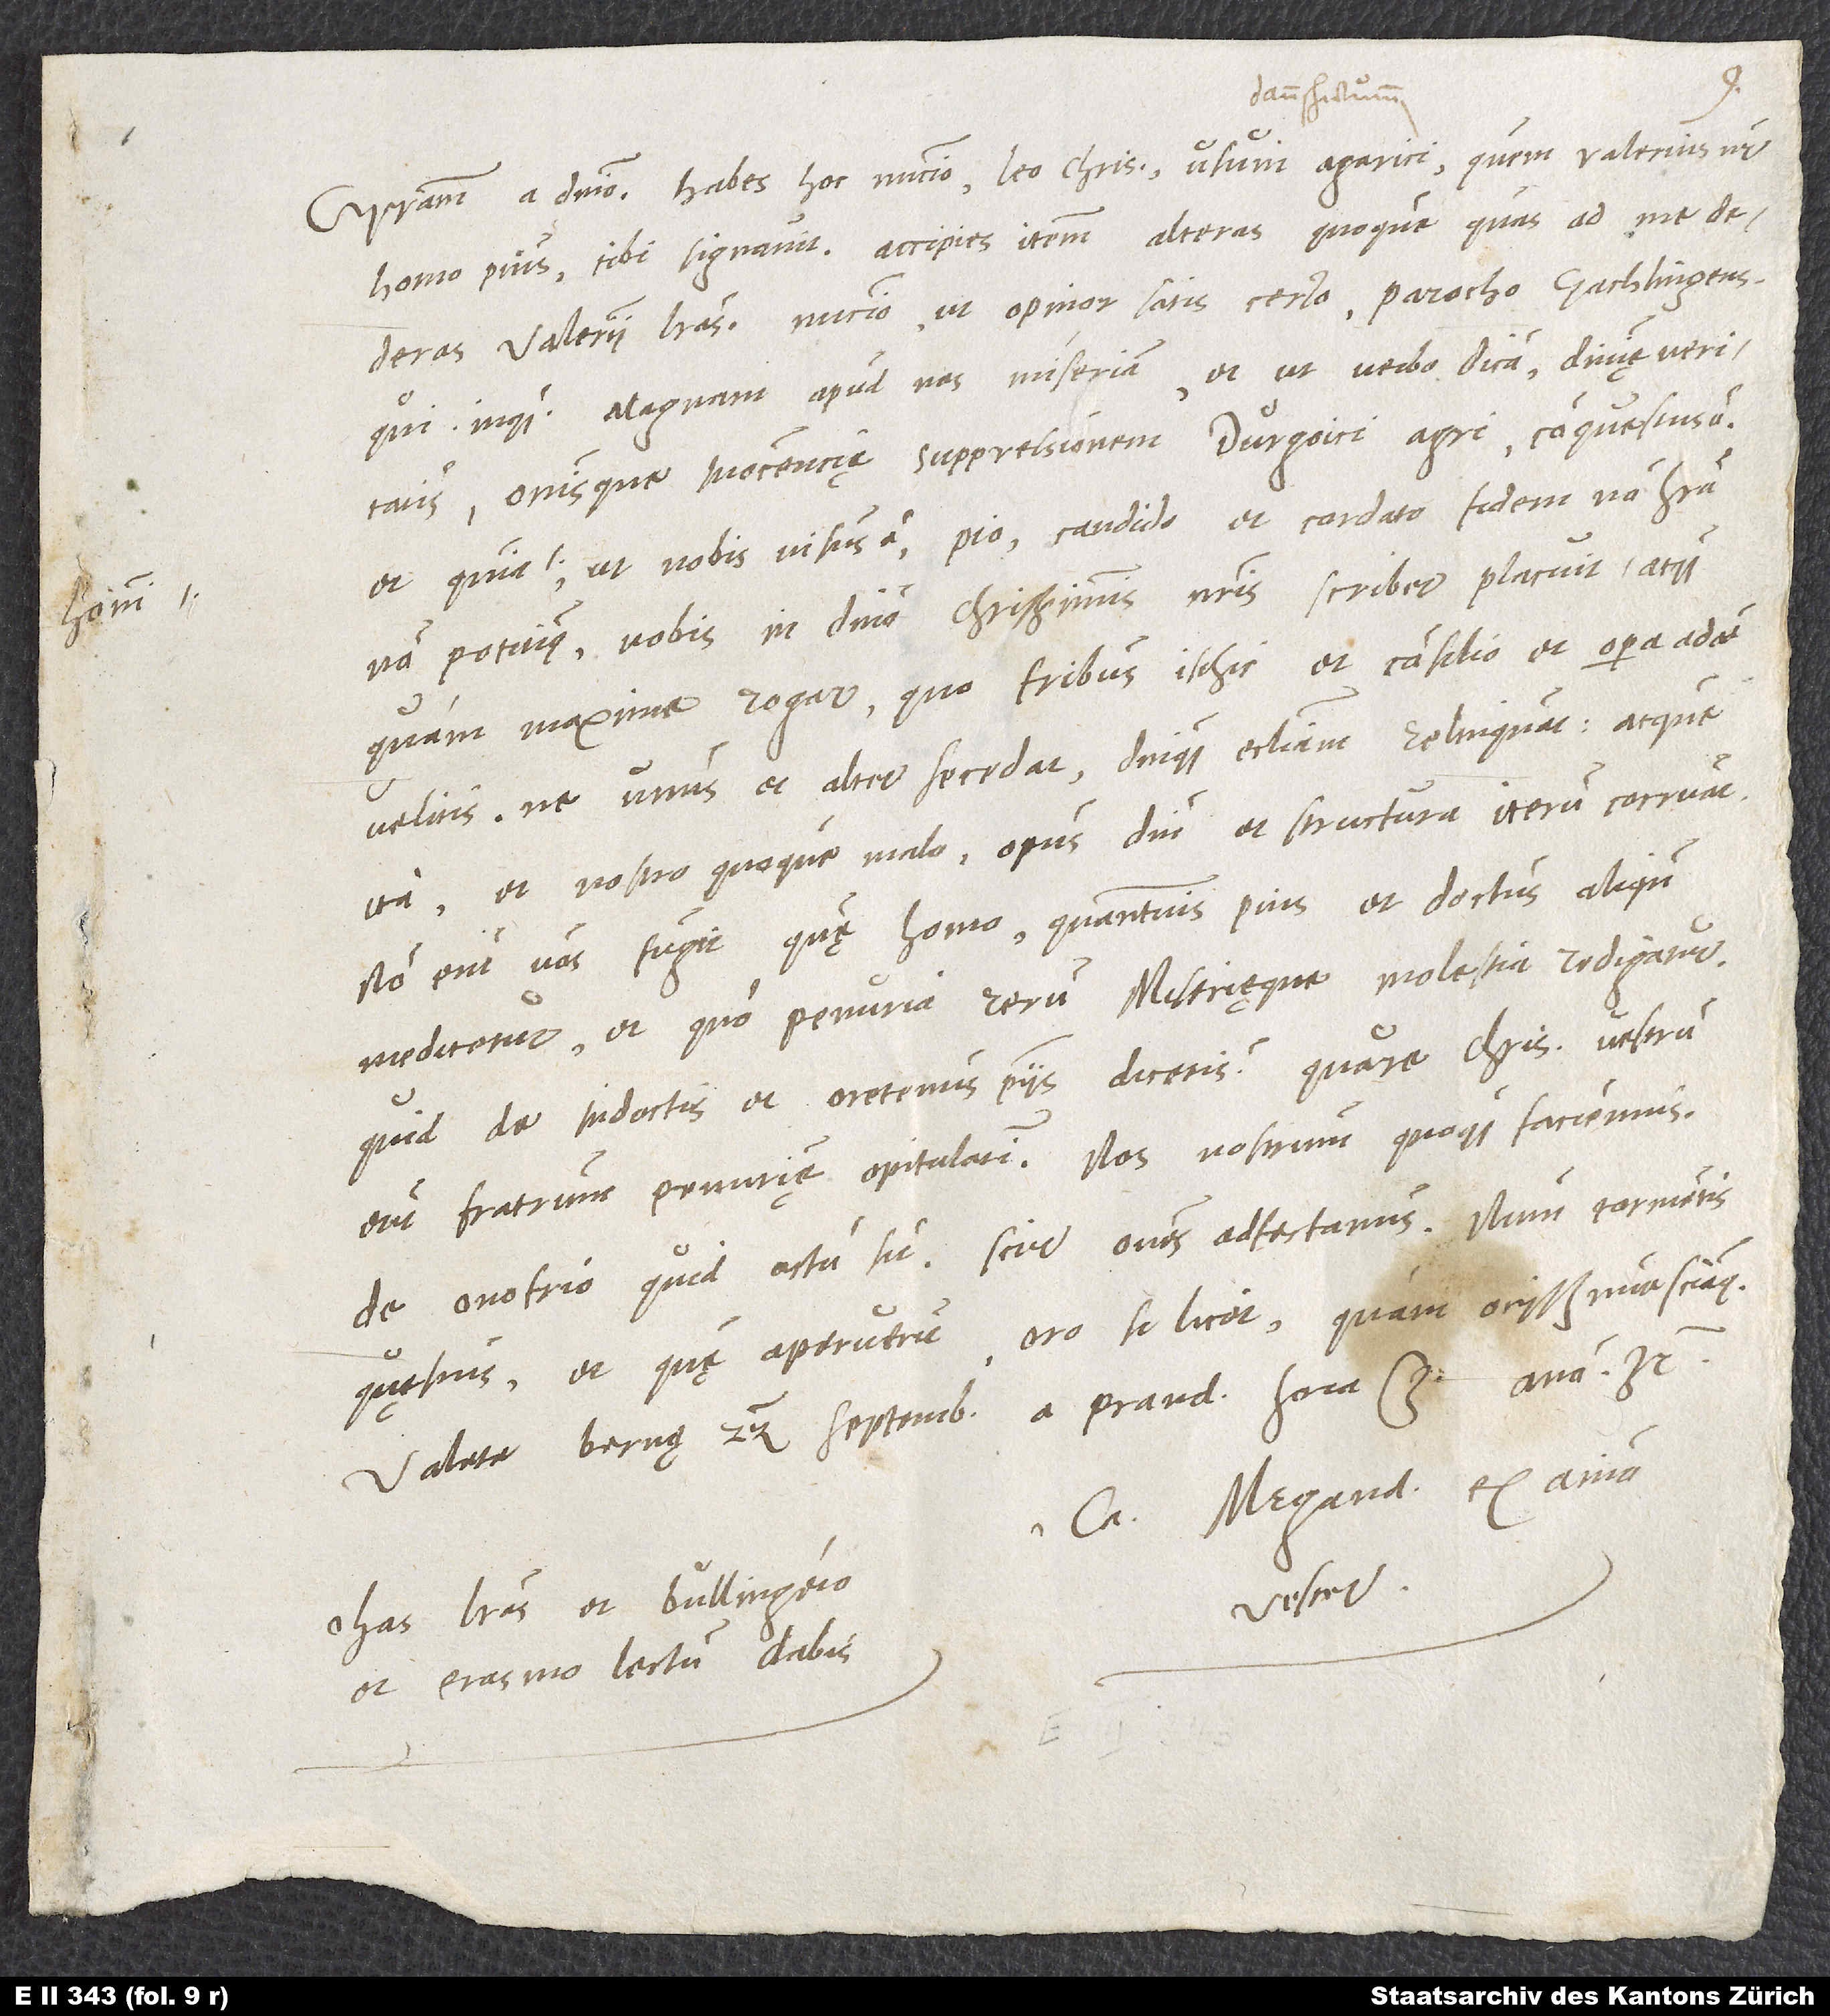
Gratiam a domino. Habes hoc nuncio, Leo charissime, usum agarici, quem Valerius noster,
homo pius, tibi signavit. Accipies iterum alteras quoque quas ad me
dederas Valerii literas, nuncio, ut opinor, satis certo, parocho Gachlingensi,
qui, inquam, magnam apud nos miseriam et, ut verbo dicam, divinę veritatis
omnisque innocencię suppressionem Durgoici agri conquestus est.
Et quia ni, ut nobis visus est, pio, candido et cordato fidem non habere
non potuimus, vobis, in domino charissimis nostris, scribere placuit atque
quam maxime rogare, quo fratribus isthic et consilio et opera adesse
velitis, ne unus et alter secedat, denique ecclesiam relinquat atque
ita, et nostro quoque malo, opus domini et structura iterum corruat.
Non enim vos fugit, quę homo quantumvis pius et doctus aliquando
meditetur et quo penuria rerum miserięque molestia redigatur.
Quid de indoctis et oretenus piis dicetis? Quare, charissimi, vestrum
erit fratrum penurię opitulari. Nos nostrum quoque faciemus.
De Onofrio quid actum sit, scire omnes adfectamus. Num tormentis
quęstus et quę aperuerit, oro, si licet, quam ocissime sciamus.
Valete. Bernę, 22. septembris, a prandio hora 3., anno 32.
Ca. Megander ex animo
vester.
Has literas et Bullingero
et Erasmo lectum dabis.